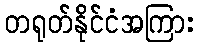
တရုတ်နိုင်ငံအကြား